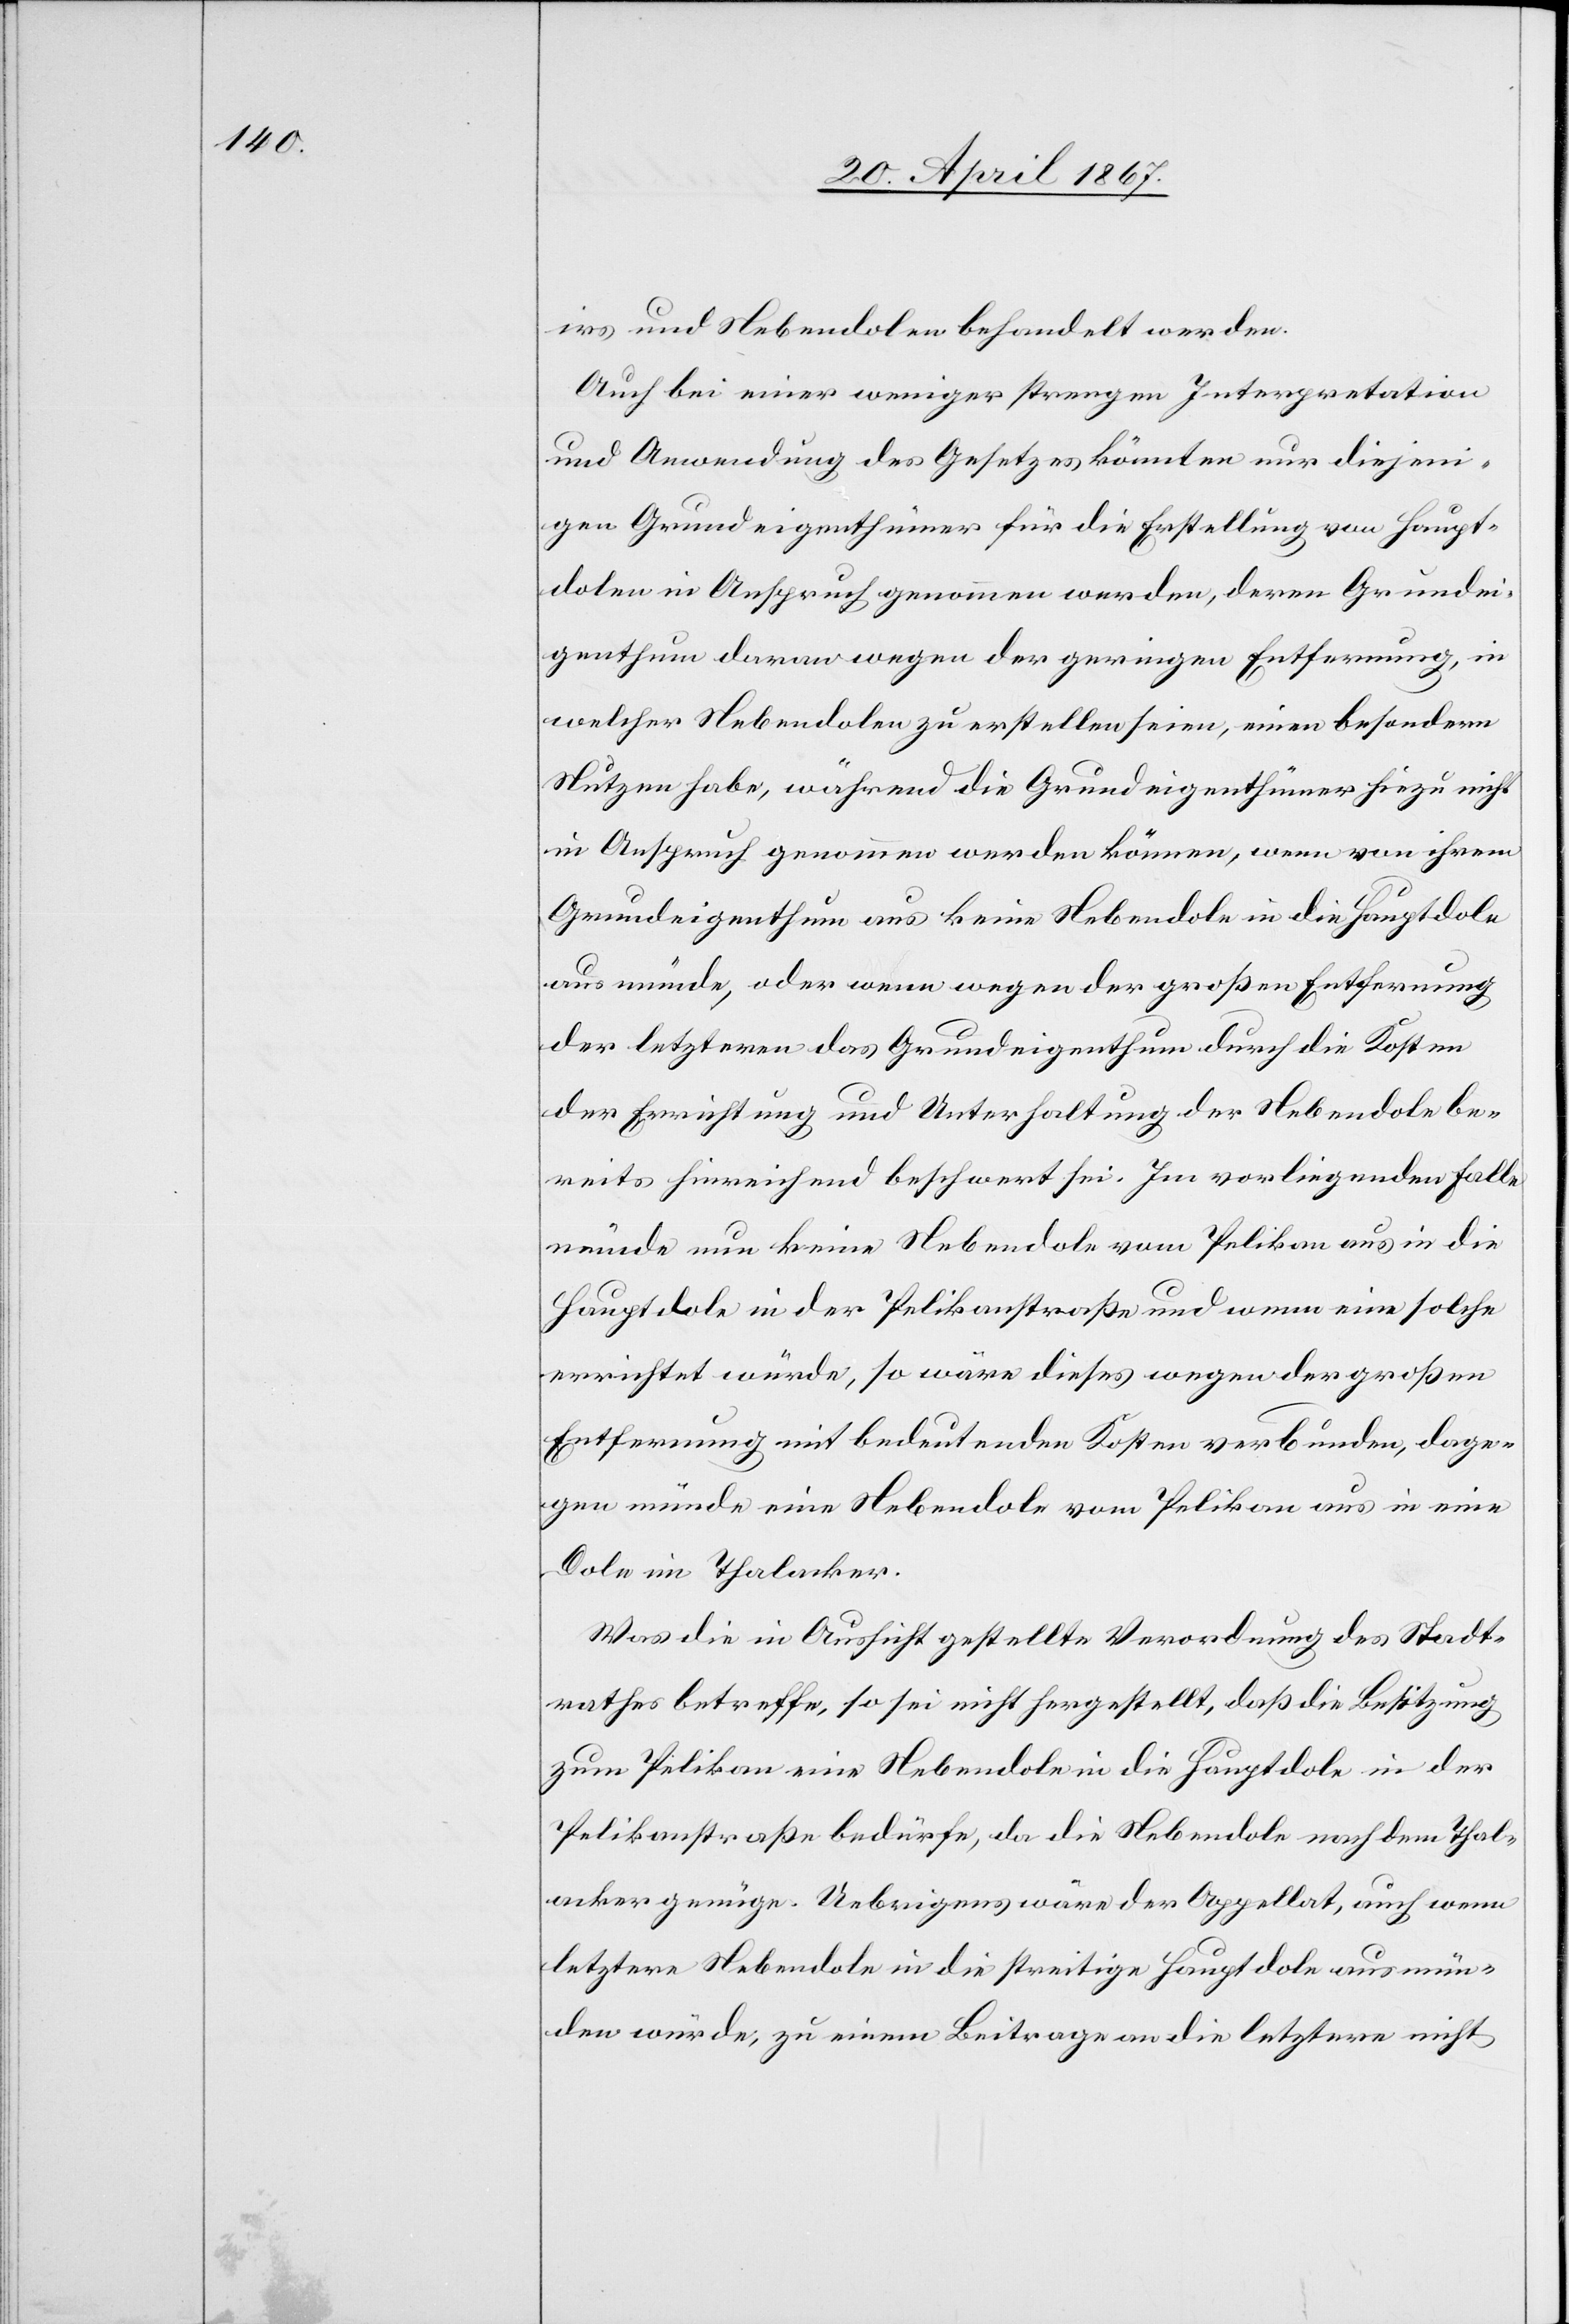
irs und Nebendolen behandelt werden.
Auch bei einer weniger strengen Interpretation
und Anwendung des Gesetzes könnten nur diejeni¬
gen Grundeigenthümer für die Erstellung von Haupt¬
dolen in Anspruch genommen werden, deren Grundei¬
genthum daran wegen der geringen Entfernung, in
welcher Nebendolen zu erstellen seien, einen besondern
Nutzen habe, während die Grundeigenthümer hiezu nicht
in Anspruch genommen werden können, wenn von ihrem
Grundeigenthum aus keine Nebendole in die Hauptdole
ausmünde, oder wenn wegen der großen Entfernung
der letztern das Grundeigenthum durch die Kosten
der Errichtung und Unterhaltung der Nebendole be¬
reits hinreichend beschwert sei. Im vorliegenden Falle
münde nun keine Nebendole vom Pelikan aus in die
Hauptdole in der Pelikanstraße und wenn eine solche
errichtet würde, so wäre dieses wegen der großen
Entfernung mit bedeutenden Kosten verbunden, dage¬
gen münde eine Nebendole vom Pelikan aus in eine
Dole im Thalacker.
Was die in Aussicht gestellte Verordnung des Stadt¬
rathes betreffe, so sei nicht hergestellt, daß die Besitzung
zum Pelikan eine Nebendole in die Hauptdole in der
Pelikanstraße bedürfe, da die Nebendole nach dem Thal¬
acker genüge. Uebrigens wäre der Appellat, auch wenn
letztere Nebendole in die streitige Hauptdole ausmün¬
den würde, zu einem Beitrage an die letztere nicht